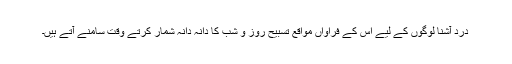
درد آشنا لوگوں کے لیے اس کے فراواں مواقع تسبیح روز و شب کا دانہ دانہ شمار کرتے وقت سامنے آتے ہیں۔